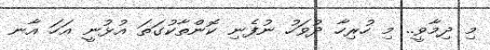
މި ދިމާވީ.. މި ހުރިހާ ދުވަހު ނުފެނި ކޮންތާކުގަތަ އުޅުނީ އަހަ އާނ